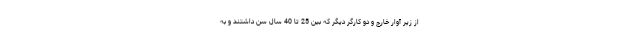
از زیر آوار خارج و دو کارگر دیگر که بین 25 تا 40 سال سن داشتند و به